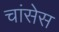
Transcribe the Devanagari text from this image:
चांसेस